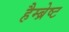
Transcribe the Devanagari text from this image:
हैम्ब्रेष्ट